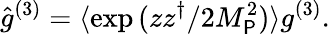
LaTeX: \hat{g}^{(3)}=\langle\exp{(zz^{\dagger}/2M_{\P}^{2})}\rangle g^{(3)}.